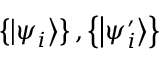
\left\{ \left| \psi _ { i } \right\rangle \right\} , \left\{ \left| \psi _ { i } ^ { \prime } \right\rangle \right\}